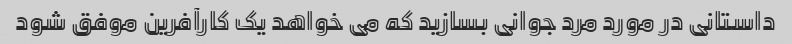
داستانی در مورد مرد جوانی بسازید که می خواهد یک کارآفرین موفق شود